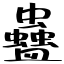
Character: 蠱